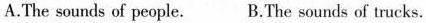
A.The sounds of people. B.Thesounds of trucks.